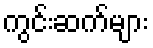
ကွင်းဆက်များ